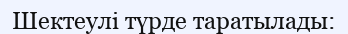
Шектеулі түрде таратылады: